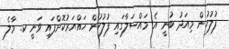
ފުލުހުން މިއަދު ބުނީ އެ މައްސަލާގައި ފުލުހުން ހައްޔަރުކޮށްފައި ވަނީ ކ. މާލެ